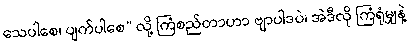
သေပါစေ၊ ပျက်ပါစေ” လို့ ကြံစည်တာဟာ ဗျာပါဒပဲ၊ အဲဒီလို ကြံရုံမျှနဲ့